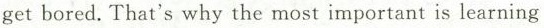
get bored. That's why the most important is learning